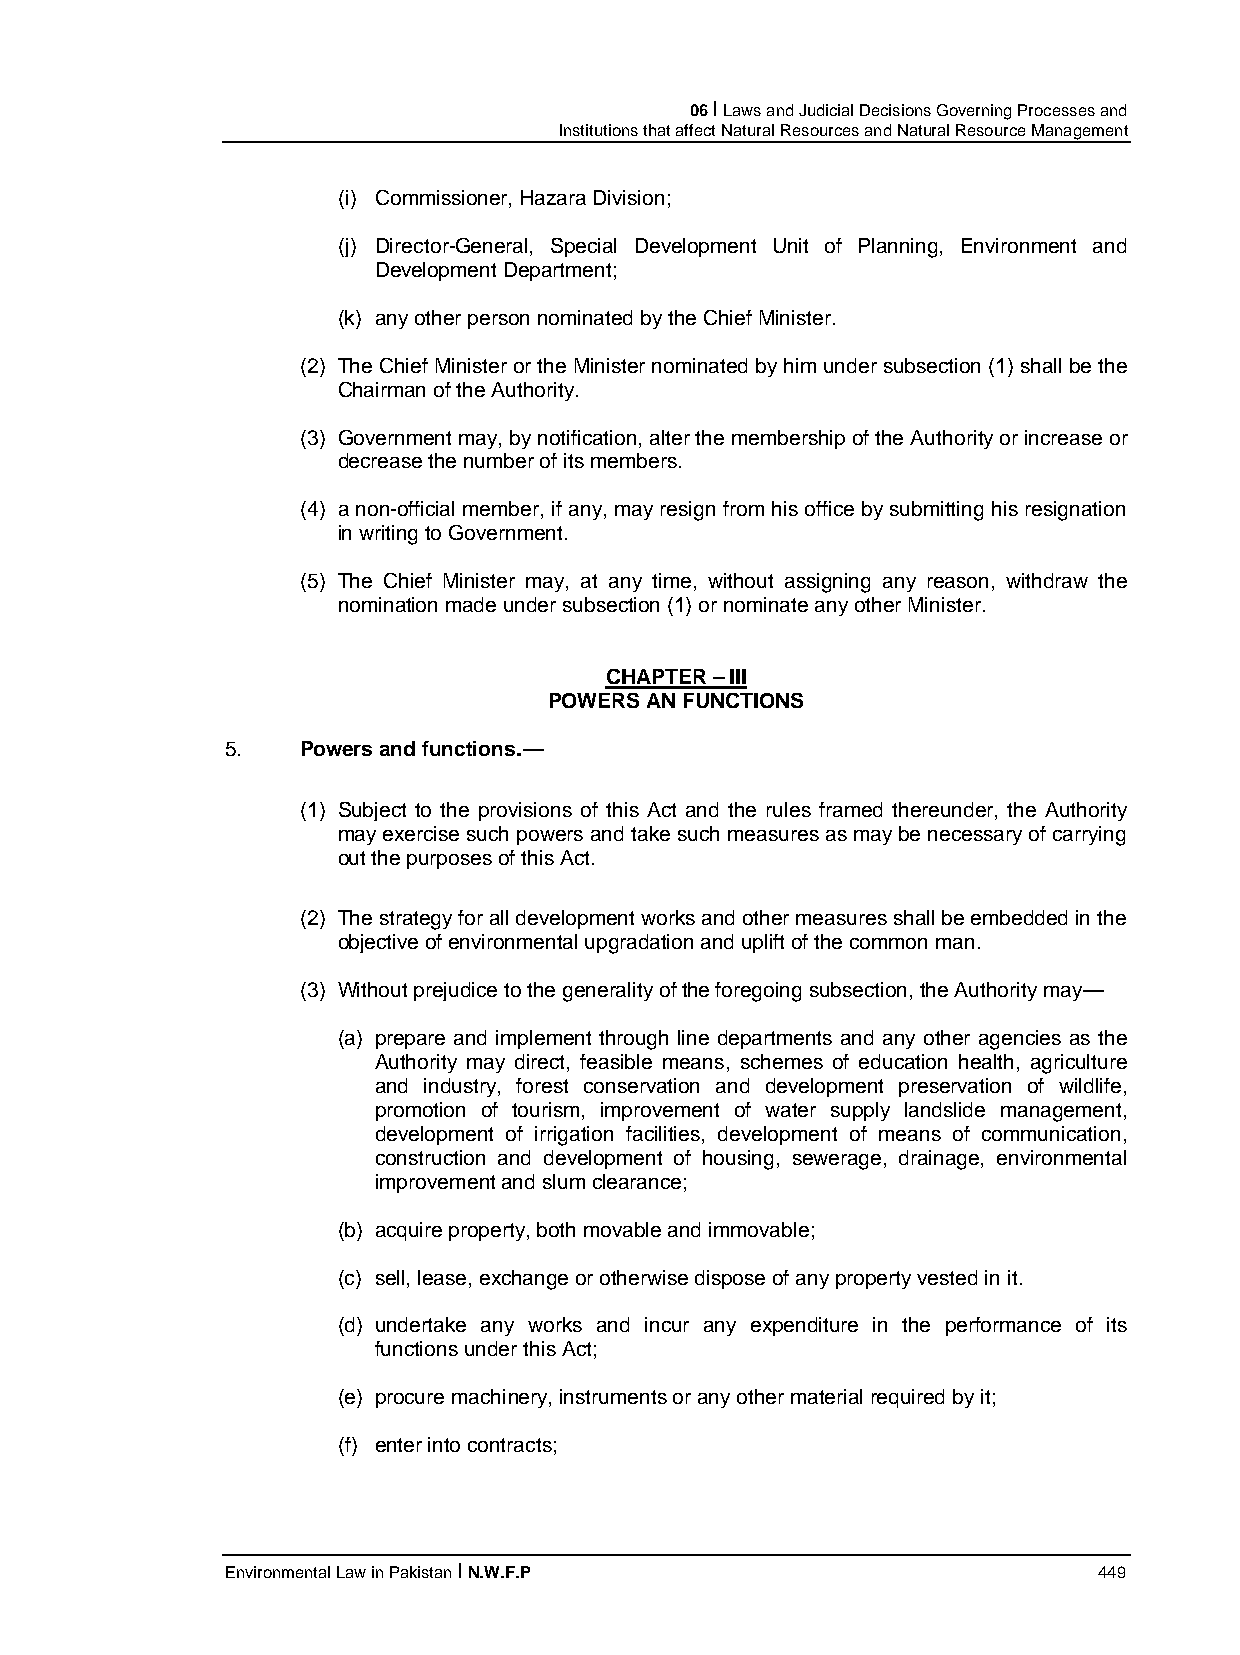
06 I Laws and Judicial Decisions Governing Processes and
 Institutions that affect Natural Resources and Natural Resource Management
 (i) Commissioner, Hazara Division;
 (j) Director-General, Special Development Unit of Planning, Environment and
 Development Department;
 (k) any other person nominated by the Chief Minister.
 (2) The Chief Minister or the Minister nominated by him under subsection (1) shall be the
 Chairman of the Authority.
 (3) Government may, by notification, alter the membership of the Authority or increase or
 decrease the number of its members.
 (4) a non-official member, if any, may resign from his office by submitting his resignation
 in writing to Government.
 (5) The Chief Minister may, at any time, without assigning any reason, withdraw the
 nomination made under subsection (1) or nominate any other Minister.
 CHAPTER – III
 POWERS AN FUNCTIONS
 5.   Powers and functions.—
 (1) Subject to the provisions of this Act and the rules framed thereunder, the Authority
 may exercise such powers and take such measures as may be necessary of carrying
 out the purposes of this Act.
 (2) The strategy for all development works and other measures shall be embedded in the
 objective of environmental upgradation and uplift of the common man.
 (3) Without prejudice to the generality of the foregoing subsection, the Authority may—
 (a) prepare and implement through line departments and any other agencies as the
 Authority may direct, feasible means, schemes of education health, agriculture
 and industry, forest conservation and development preservation of wildlife,
 promotion of tourism, improvement of water supply landslide management,
 development of irrigation facilities, development of means of communication,
 construction and development of housing, sewerage, drainage, environmental
 improvement and slum clearance;
 (b) acquire property, both movable and immovable;
 (c) sell, lease, exchange or otherwise dispose of any property vested in it.
 (d) undertake any works and incur any expenditure in the performance of its
 functions under this Act;
 (e) procure machinery, instruments or any other material required by it;
 (f) enter into contracts;
 Environmental Law in Pakistan I N.W.F.P                   449